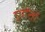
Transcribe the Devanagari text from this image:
एगेंतों